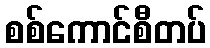
စစ်ကောင်စီတပ်